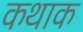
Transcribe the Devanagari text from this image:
कथाक